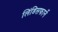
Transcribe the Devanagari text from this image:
लिंडिसफार्ने